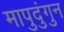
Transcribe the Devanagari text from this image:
मापुदुंगुन